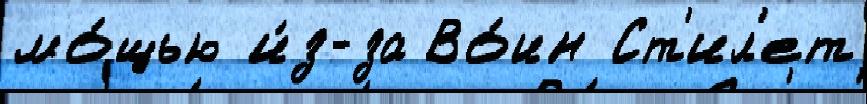
мо́щью и́з-за Во́ин Ст'ил'ет